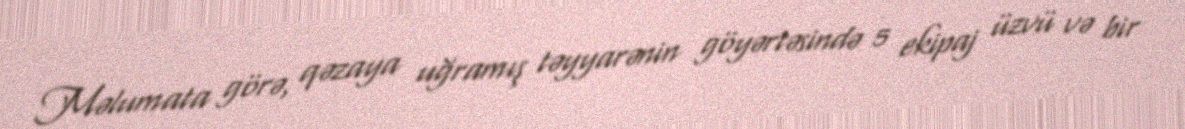
Məlumata görə, qəzaya uğramış təyyarənin göyərtəsində 5 ekipaj üzvü və bir